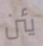
يئن